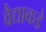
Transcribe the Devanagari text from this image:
वैद्याकडे